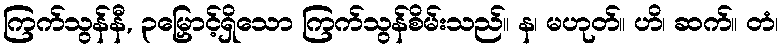
ကြက်သွန်နီ, ၃မြှောင့်ရှိသော ကြက်သွန်စိမ်းသည်။ န၊ မဟုတ်။ ဟိ၊ ဆက်။ တံ၊